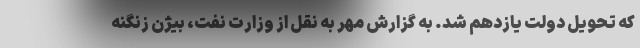
که تحویل دولت یازدهم شد. به گزارش مهر به نقل از وزارت نفت، بیژن زنگنه